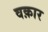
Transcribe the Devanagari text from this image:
वक़ार